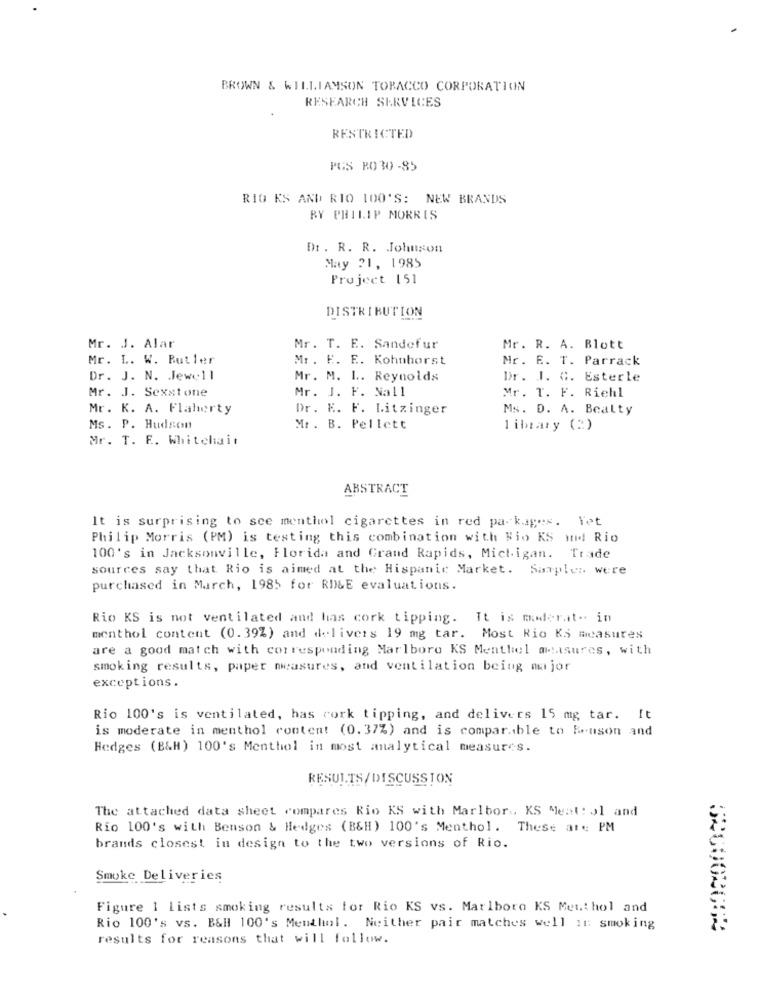
BROWN & WILLIAMSON TOBACCO CORPORATION
RESEARCH SERVICES
RESTRICTED
PGS RO 30 -85
RIG KS AND RIO 100'S: NEW BRANDS
BY PHILIP MORRIS
Dr. R. R. Johnson
May 21, 1985
Project 151
DISTRIBUTION
Mr. J. Alar
Mr. T. E. Sandefur
Mr. R. A. Blott
Mr. L. W. Butler
Mr. E. E. Kohnhorst
Mr. E. T. Parrack
Dr. J. N. Jewell
Mr. M. L. Reynolds
Dr. J. G. Esterle
Mr. J. Sexstone
Mr. J. F. Nall
Mr. T. F. Richl
Mr. K. A. Flaherty
Dr. K. F. Litzinger
Ms. D. A. Bealty
Ms. P. Hudson
Mr. B. Pellett
library (:)
Mr. T. E. Whitehair
ABSTRACT
It is surprising to sce menthol cigarettes in red packages. Yet
Philip Morris (PM) is testing this combination with Bio KS mid Rio
100's in Jacksonville, Florida and Grand Rapids, Michigan. Trade
sources say that Rio is aimed at the Hispanic Market. Samples were
purchased in March, 1985 for RD&E evaluations.
Rio KS is not ventilated and has cork tipping. It is moderat- in
menthol content (0.39%) and delivers 19 mg tar. Most Rio KS measures
are a good match with corresponding Marlboro KS Menthol measures, with
smoking results, paper measures, and ventilation beiug major
exceptions.
Rio 100's is ventilated, has cork tipping, and delivers 15 mg tar. It
is moderate in menthol content (0.37%) and is comparable to Renson and
Hedges (B&H) 100's Menthol in most analytical measures.
RESULTS/DISCUSSION
The attached data sheet compares Rio KS with Marlbor .. KS Meat: ol and
Rio 100's with Benson & Hedges (B&H) 100's Menthol. These are PM
brands closest in design to the two versions of Rio.
Smoke Deliveries
Figure 1 lists smoking results for Rio KS vs. Marlboro KS Meuthol and
Rio 100's vs. B&H 100's Menthol. Neither pair matches well if: smoking
results for reasons that will follow.